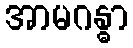
အာမဂန္ဓာ